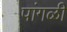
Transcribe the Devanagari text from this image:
पांगळी